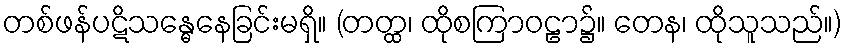
တစ်ဖန်ပဋိသန္ဓေနေခြင်းမရှိ။ (တတ္ထ၊ ထိုစကြာဝဠာ၌။ တေန၊ ထိုသူသည်။)